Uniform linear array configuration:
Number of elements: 12
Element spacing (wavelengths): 1
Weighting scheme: binomial
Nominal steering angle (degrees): -45
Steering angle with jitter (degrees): -44.67
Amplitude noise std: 0.05
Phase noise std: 0.05

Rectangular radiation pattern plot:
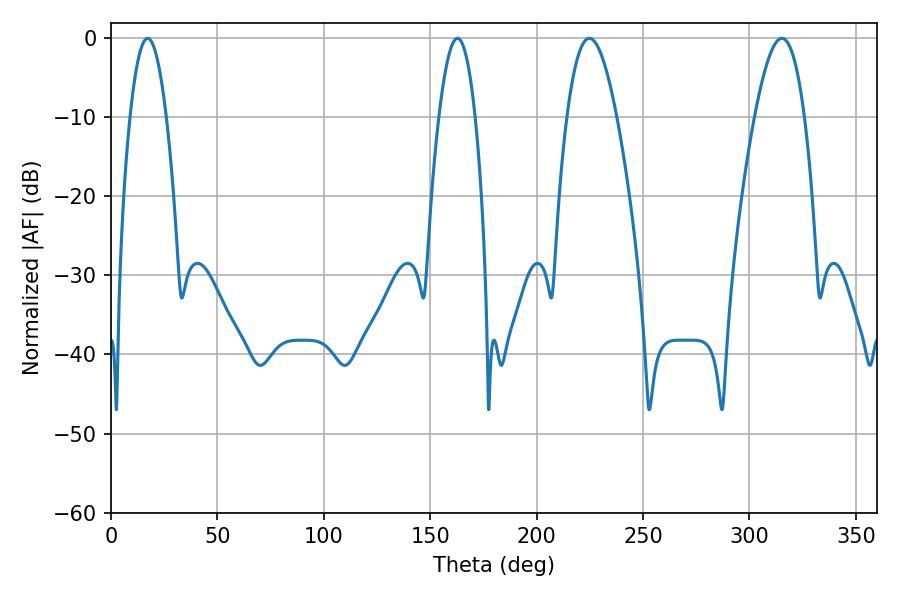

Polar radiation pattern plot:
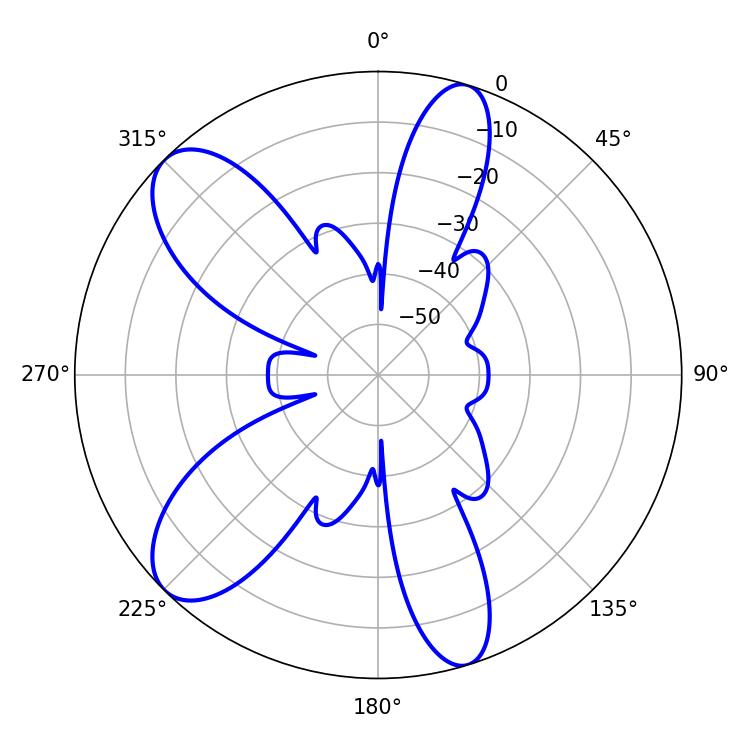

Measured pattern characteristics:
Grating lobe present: TRUE
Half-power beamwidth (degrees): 12.78
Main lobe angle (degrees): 224.82